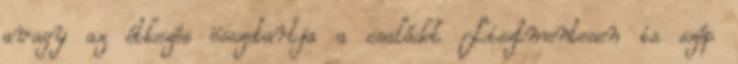
avagy az étkezés összetartja a családot Lisztmentesen is szép